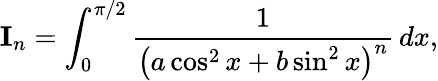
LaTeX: {\textbf{I}}_{n}=\int_{0}^{\pi/2}{\frac{1}{\left(a\cos^{2}x+b\sin^{2}x\right)^{n}}}\, dx,